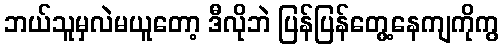
ဘယ်သူမှလဲမယူတော့ ဒီလိုဘဲ ပြန်ပြန်တွေ့နေကျကိုကွ